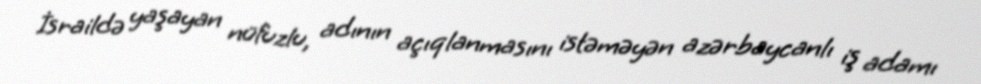
İsraildə yaşayan nüfuzlu, adının açıqlanmasını istəməyən azərbaycanlı iş adamı